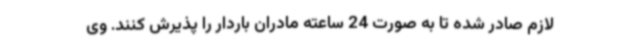
لازم صادر شده تا به صورت 24 ساعته مادران باردار را پذیرش کنند. وی